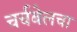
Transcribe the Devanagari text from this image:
चर्चबेलचा